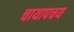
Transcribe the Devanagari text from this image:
चायापचय